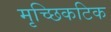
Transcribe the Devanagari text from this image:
मृच्छिकटिक